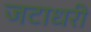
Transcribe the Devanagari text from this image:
जटाधरी